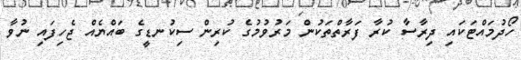
ހޯދުމައްޓަކައި ދިރާސާ ކުރާ ފަރާތްތަކުން މަރުވުމުގެ ކުރިން ސިކުނޑީގެ ބައްޔެއް ޖެހިފައި ނުވާ